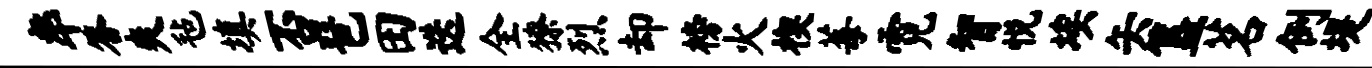
率答爽毡填否琶田迭全獠烈却榜火楔莓霓智悦埃矢簋茗例堤